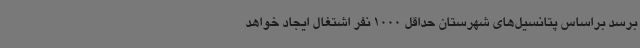
برسد براساس پتانسیل‌های شهرستان حداقل 1000 نفر اشتغال ایجاد خواهد